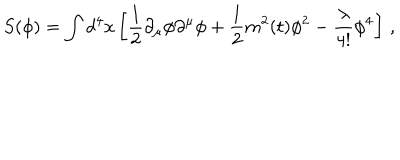
S ( \phi ) = \int d ^ { 4 } x \left[ \frac { 1 } { 2 } \partial _ { \mu } \phi \partial ^ { \mu } \phi + \frac { 1 } { 2 } m ^ { 2 } ( t ) \phi ^ { 2 } - \frac { \lambda } { 4 ! } \phi ^ { 4 } \right] \, ,